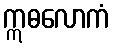
ဣဓလောကံ